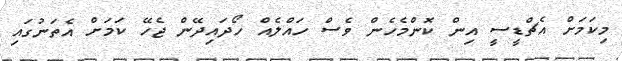
މިކަމަށް އެޗްޑީސީ އިން ކޮންމެހެން ވެސް ހައްލެއް ހޯދައިދޭން ޖެހޭ ކަމަށް އެތަނުގައި